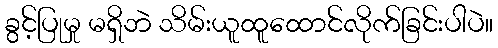
ခွင့်ပြုမှု မရှိဘဲ သိမ်းယူထူထောင်လိုက်ခြင်းပါပဲ။